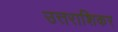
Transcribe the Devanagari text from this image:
उत्तराशिकर